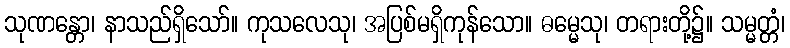
သုဏန္တော၊ နာသည်ရှိသော်။ ကုသလေသု၊ အပြစ်မရှိကုန်သော။ ဓမ္မေသု၊ တရားတို့၌။ သမ္မတ္တံ၊